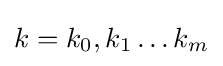
k=k_{0},k_{1}\ldots k_{m}